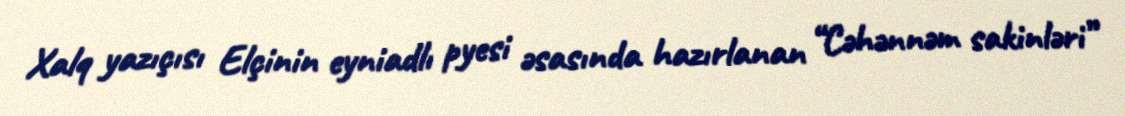
Xalq yazıçısı Elçinin eyniadlı pyesi əsasında hazırlanan “Cəhənnəm sakinləri”